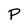
Character: P